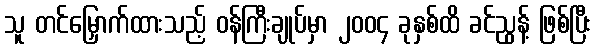
သူ တင်မြှောက်ထားသည့် ဝန်ကြီးချုပ်မှာ ၂၀၀၄ ခုနှစ်ထိ ခင်ညွန့် ဖြစ်ပြီး